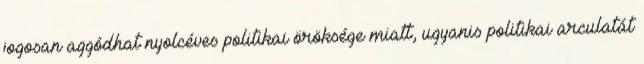
jogosan aggódhat nyolcéves politikai öröksége miatt, ugyanis politikai arculatát